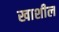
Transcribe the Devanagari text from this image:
खाशील